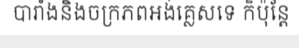
បារាំងនិងចក្រភពអង់គ្លេសទេ ក៏ប៉ុន្តែ